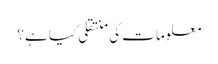
معلومات کی منتقلی کیا ہے؟